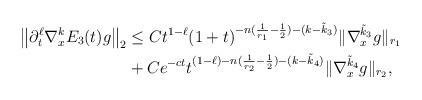
LaTeX: \begin{align*} \left\| \partial_{t}^{\ell} \nabla_{x}^{k}E_{3}(t)g\right\|_{2}& \le Ct^{1- \ell} (1+t)^{-n(\frac{1}{r_{1}}-\frac{1}{2})-(k-\tilde{k}_{3})}\| \nabla^{\tilde{k}_{3}}_{x} g \|_{r_{1}} \\& + C e^{-ct} t^{(1-\ell)-n(\frac{1}{r_{2}}-\frac{1}{2})-(k-\tilde{k}_{4}) }\| \nabla^{\tilde{k}_{4}}_{x} g\|_{r_{2}}, \end{align*}